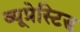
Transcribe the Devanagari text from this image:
व्यूप्रेस्टिड